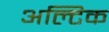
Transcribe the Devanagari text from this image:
अल्टिक